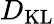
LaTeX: D_{\mathrm{KL}}